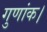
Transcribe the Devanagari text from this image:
गुणांक।